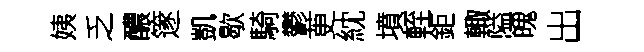
姨乏醲篴凱歇騎鬱茰紞墳輊鉅輙隘魄出